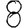
Digit: 8